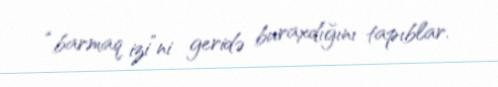
“barmaq izi”ni geridə buraxdığını tapıblar.